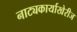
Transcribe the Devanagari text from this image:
नाट्यकार्याखेरीज